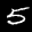
Label: 5